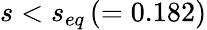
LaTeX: s<s_{eq}\, (=0.182)